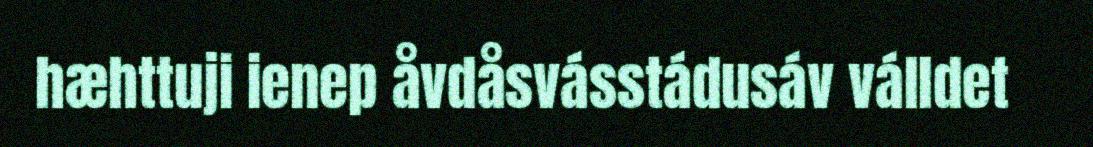
hæhttuji ienep åvdåsvásstádusáv válldet